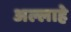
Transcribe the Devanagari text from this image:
अल्लाहे